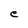
Character: e